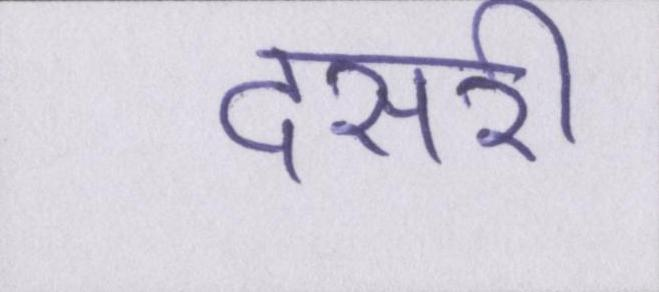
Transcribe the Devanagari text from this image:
दसरी